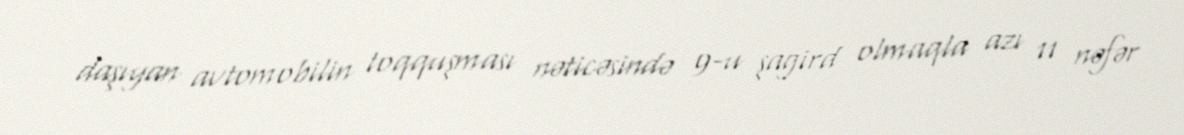
daşıyan avtomobilin toqquşması nəticəsində 9-u şagird olmaqla azı 11 nəfər